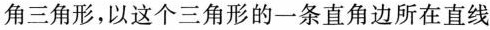
角三角形，以这个三角形的一条直角边所在直线